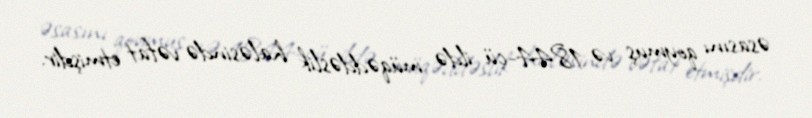
əsasını qoymuş və 1844-cü ildə müqəddəslik haləsində vəfat etmişdir.